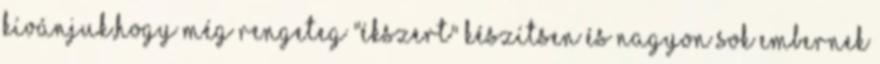
Kívánjuk,hogy még rengeteg "ékszert" készítsen és nagyon sok embernek